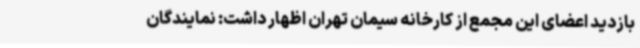
بازدید اعضای این مجمع از کارخانه سیمان تهران اظهار داشت:‌ نمایندگان